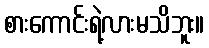
စားကောင်းရဲ့လားမသိဘူး။